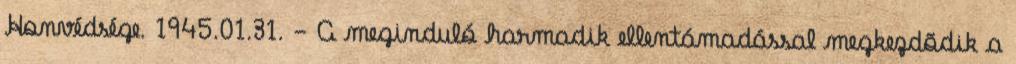
Honvédsége. 1945.01.31. - A meginduló harmadik ellentámadással megkezdõdik a